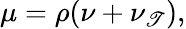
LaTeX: \mu=\rho(\nu+\nu_{\mathscr{T}}),